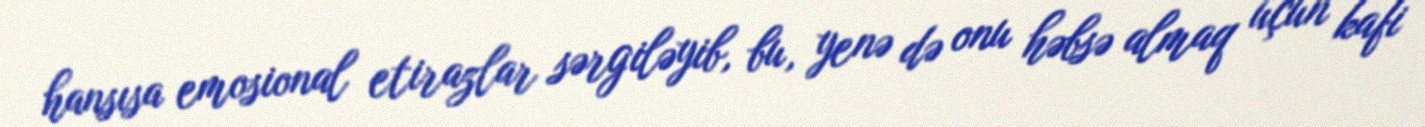
hansısa emosional etirazlar sərgiləyib, bu, yenə də onu həbsə almaq üçün kafi